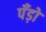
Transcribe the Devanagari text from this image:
पॅंड़ो